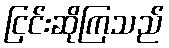
ငြင်းဆိုကြသည်